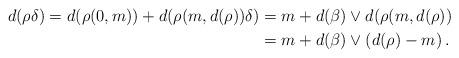
LaTeX: \begin{align*}d(\rho\delta)=d(\rho(0,m))+d(\rho(m,d(\rho))\delta)&=m+d(\beta)\vee d(\rho(m,d(\rho))\\&=m+d(\beta)\vee\left(d(\rho)-m\right).\end{align*}